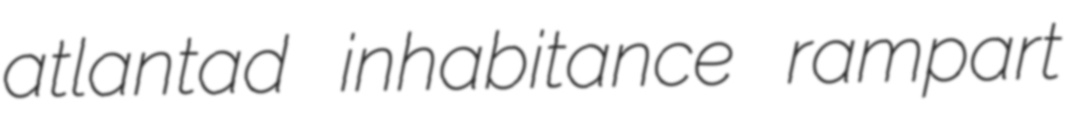
atlantad inhabitance rampart